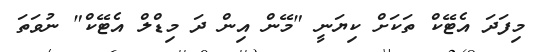
މިފަދަ އެޓޭކް ތަކަށް ކިޔަނީ "މޭން އިން ދަ މިޑްލް އެޓޭކް" ނުވަތަ